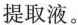
提取液。